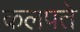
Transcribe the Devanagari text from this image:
कलपते